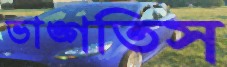
ভাঙ্গতিস